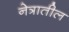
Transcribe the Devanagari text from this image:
नेत्रातील